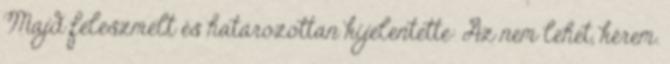
Majd feleszmélt és határozottan kijelentette: Az nem lehet, kérem.